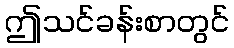
ဤသင်ခန်းစာတွင်